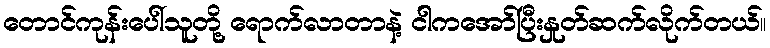
တောင်ကုန်းပေါ်သူတို့ ရောက်လာတာနဲ့ ငါကအော်ပြီးနှုတ်ဆက်လိုက်တယ်။